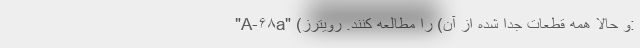
"A-۶۸a" (و حالا همه قطعات جدا شده از آن) را مطالعه کنند. رویترز: